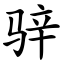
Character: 骍